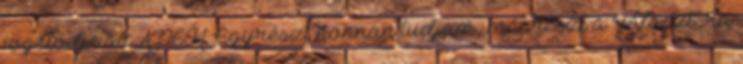
jogelődje az APEH. Egyrészt honnan tudjam, másrészt a "választ"-ra